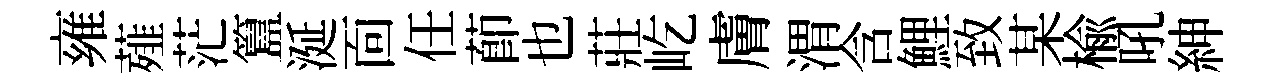
雍薤茫簋涎靣任莭也莊屹膚渭含鯉致某榆吼紳